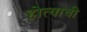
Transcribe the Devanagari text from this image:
होत्याची